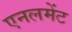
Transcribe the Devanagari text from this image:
एनलमेंट